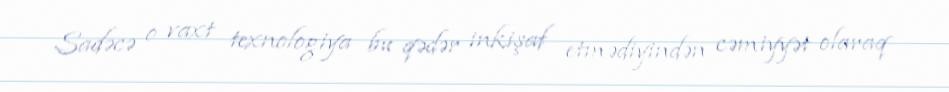
Sadəcə o vaxt texnologiya bu qədər inkişaf etmədiyindən cəmiyyət olaraq